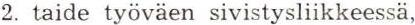
2. taide työväen sivistysliikkeessä,